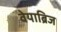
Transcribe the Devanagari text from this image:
वेयाब्रिज